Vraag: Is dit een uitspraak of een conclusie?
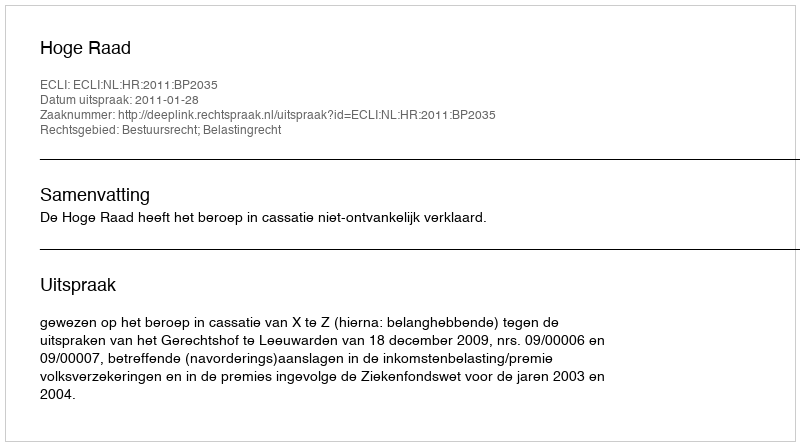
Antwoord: Uitspraak